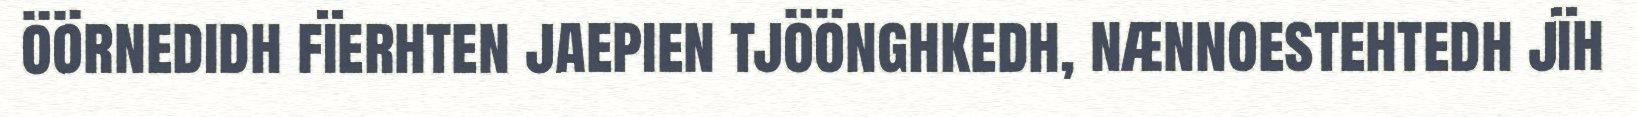
öörnedidh fïerhten jaepien tjöönghkedh, nænnoestehtedh jïh